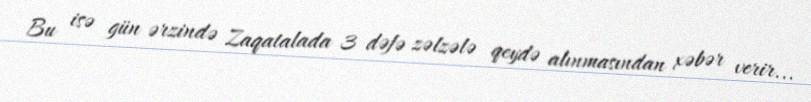
Bu isə gün ərzində Zaqatalada 3 dəfə zəlzələ qeydə alınmasından xəbər verir...